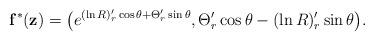
LaTeX: \begin{align*} \mathbf{f}^*(\mathbf{z})=\big( e^{(\ln R)'_r\cos \theta +\Theta '_r\sin \theta },\Theta '_r\cos \theta -(\ln R)'_r\sin \theta \big) . \end{align*}